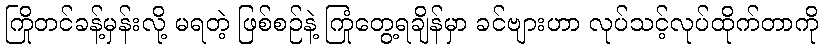
ကြိုတင်ခန့်မှန်းလို့ မရတဲ့ ဖြစ်စဉ်နဲ့ ကြုံတွေ့ရချိန်မှာ ခင်ဗျားဟာ လုပ်သင့်လုပ်ထိုက်တာကို